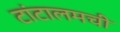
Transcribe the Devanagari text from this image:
टांटालमची